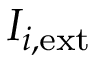
I _ { i , \mathrm { e x t } }